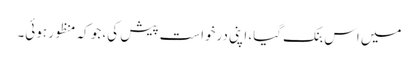
میں اس بنک گیا، اپنی درخواست پیش کی، جو کہ منظور ہوئی۔